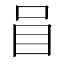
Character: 𱒒